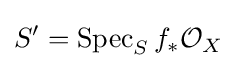
S'=\operatorname {Spec} _{S}f_{*}{\mathcal {O}}_{X}